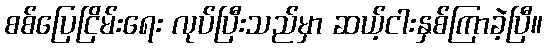
စစ်ပြေငြိမ်းရေး လုပ်ပြီးသည်မှာ ဆယ့်ငါးနှစ်ကြာခဲ့ပြီ။